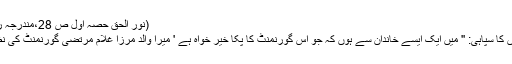
(نور الحق حصہ اول ص 28،مندرجہ روحانی خزائن ص 37 ، 38مرزا قادیانی)
-08١٨٥٧ء کی جنگ آزادی میں انگریزوں کا سپاہی: '' میں ایک ایسے خاندان سے ہوں کہ جو اس گورنمنٹ کا پکا خیر خواہ ہے ' میرا والد مرزا غلام مرتضیٰ گورنمنٹ کی نظر میں ایک وفادار اور خیر خواہ آدمی تھا۔